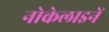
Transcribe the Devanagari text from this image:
नोकेलाइनें